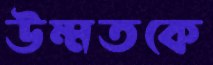
উম্মতকে